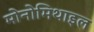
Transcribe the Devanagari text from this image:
मोनोमिथाइल